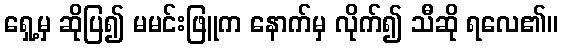
ရှေ့မှ ဆိုပြ၍ မမင်းဖြူက နောက်မှ လိုက်၍ သီဆို ရလေ၏။